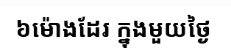
៦ម៉ោងដែរ ក្នុងមួយថ្ងៃ